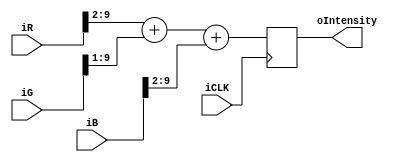
//Intensity Calculator Module

module intensityCalc (
	iCLK,
	iR,iG,iB,
	oIntensity
);

	input			iCLK;
	input [9:0]	iR,iG,iB;	
	
	output reg [9:0] oIntensity;	
	
	always @(posedge iCLK) begin
		//    I     =  .25R  +  .5G  + .25B
		oIntensity <= (iR>>2)+(iG>>1)+(iB>>2);
	end
	
endmodule